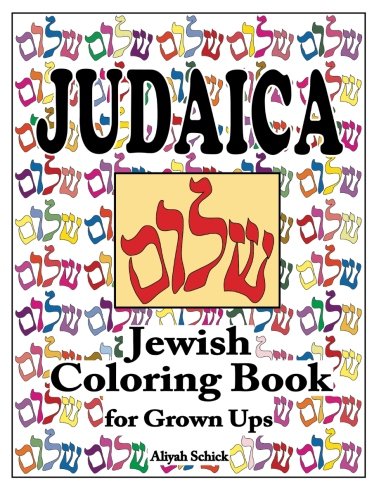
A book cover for Judaica Jewish Coloring Book for Grown Ups: Color for stress relaxation, Jewish meditation, spiritual renewal, Shabbat peace, and healing; Aliyah Schick; Religion & Spirituality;